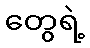
တွေရဲ့